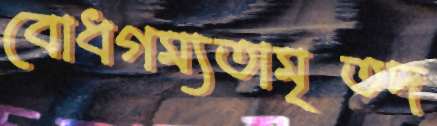
বোধগম্যতামৃতদ